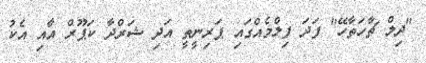
"ދިލް ޗާހަތާހޭ" ފަދަ ފިލްމެއްގައި ޕަރިނީތީ އަދި ޝަރްދާ ކަޕޫރް އާއި އެކު